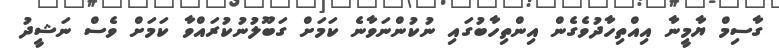
ގާސިމް ޔާމީނާ އިއްތިހާދުވެގެން އިންތިހާބުގައި ނުކުންނަވާނެ ކަމަށް ގަބޫލުނުކުރައްވާ ކަމަށް ވެސް ނަޝީދު